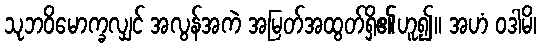
သုဘဝိမောက္ခလျှင် အလွန်အကဲ အမြတ်အထွတ်ရှိ၏ဟူ၍။ အဟံ ဝဒါမိ၊